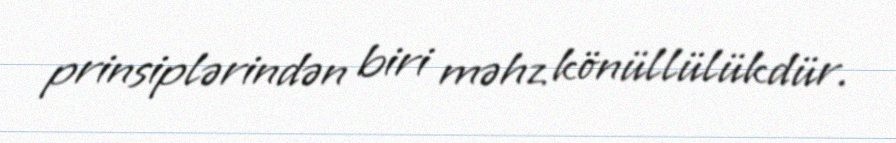
prinsiplərindən biri məhz könüllülükdür.